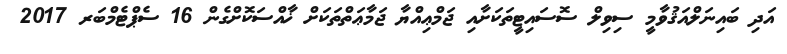
އަދި ބައިނަލްއަޤުވާމީ ސިވިލް ސޮސައިޓީތަކަށާއި ޖަމްޢިއްޔާ ޖަމާޢަތްތަކަށް ޚާއްސަކޮށްގެން 16 ސެޕްޓެމްބަރ 2017